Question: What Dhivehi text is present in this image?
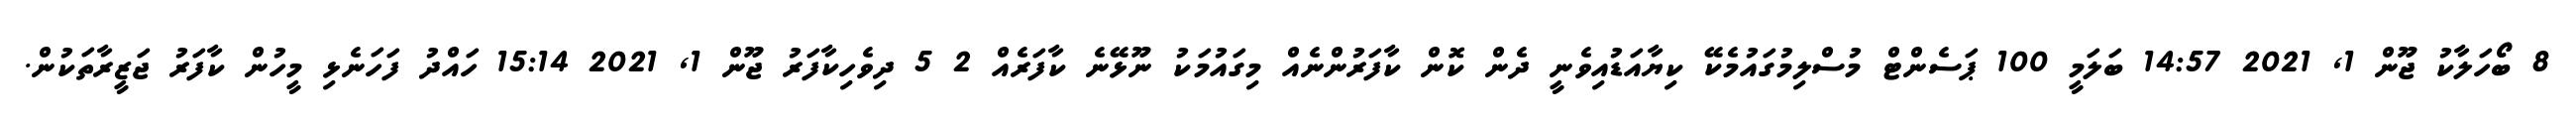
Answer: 8 ބޯހަލާކު ޖޫން 1, 2021 14:57 ބަލަމީ 100 ޕަސެންޓް މުސްލިމުގައުމެކޭ ކިޔާއަޑުއިވެނީ ދެން ކޮން ކާފަރުންނެއް މިގައުމަކު ނޫޅޭނެ ކާފަރެއް 2 5 ދިވެހިކާފަރު ޖޫން 1, 2021 15:14 ހައްދު ފަހަނެޅި މީހުން ކާފަރު ޖަޒީރާތަކުން.